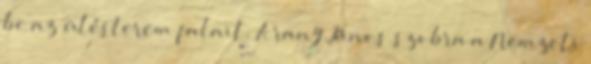
be az ülésterem falait. Arany János szobra a Nemzeti